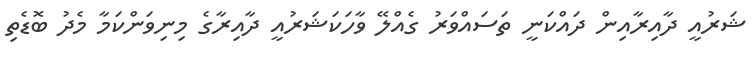
ޝަރުއީ ދާއިރާއިން ދައްކަނީ ތަސައްވަރު ގެއްލޭ ވާހަކަޝަރުއީީ ދާއިރާގެ މިނިވަންކަމާ މެދު ބޮޑެތި